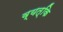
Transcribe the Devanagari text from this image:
व्यत्कि